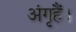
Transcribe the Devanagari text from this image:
अंगृहैं।